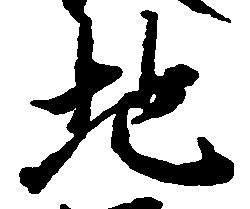
地